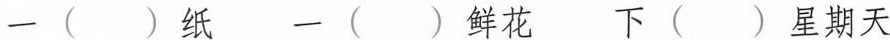
一（）纸 一（）鲜花 下（）星期天